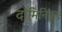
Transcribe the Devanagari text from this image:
दोमिनिकुए